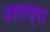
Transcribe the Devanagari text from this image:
उरलच्या